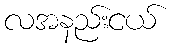
လအနည်းငယ်